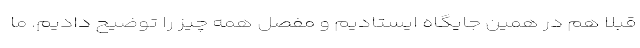
قبلا هم در همین جایگاه ایستادیم و مفصل همه چیز را توضیح دادیم. ما